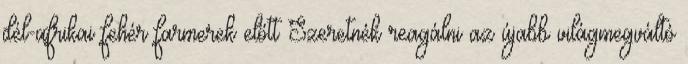
dél-afrikai fehér farmerek előtt Szeretnék reagálni az újabb világmegváltó